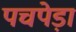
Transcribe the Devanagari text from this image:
पचपेड़ा